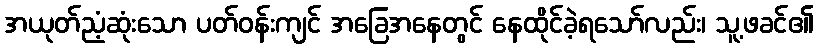
အယုတ်ညံ့ဆုံးသော ပတ်ဝန်းကျင် အခြေအနေတွင် နေထိုင်ခဲ့ရသော်လည်း၊ သူ့ဖခင်၏